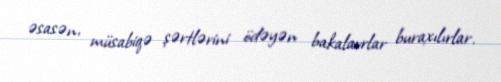
əsasən, müsabiqə şərtlərini ödəyən bakalavrlar buraxılırlar.